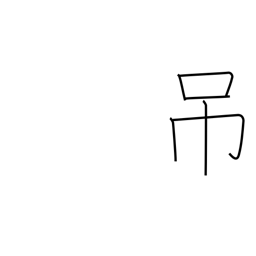
Meaning: hang